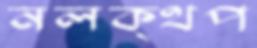
নলক্থপ